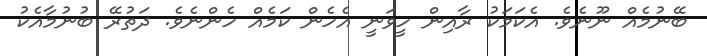
ބޭނުމެއް ނޫނެވެ. އެކަމަކު ރާއިން ހީވަނީ އެހެން ކަމެއް ހެންނެވެ. ދަތުރޭ ބުނުމާއެކު